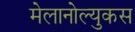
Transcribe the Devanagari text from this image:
मेलानोल्युकस